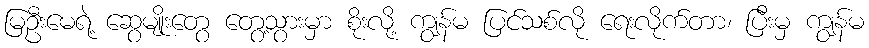
မြဦးမေရဲ့ ဆွေမျိုးတွေ တွေ့သွားမှာ စိုးလို့ ကျွန်မ ပြင်သစ်လို ရေးလိုက်တာ၊ ပြီးမှ ကျွန်မ